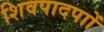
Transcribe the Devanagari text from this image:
शिवपादपाों